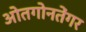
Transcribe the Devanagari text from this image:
ओतगोनतेंगर